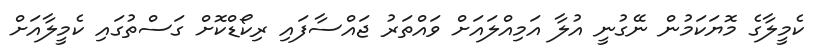
ކެމީލާގެ މޮޔަކަމުން ނޭގުނީ އުލާ އަމިއްލައަށް ވައްތަރު ޖައްސާފައި ރިކޯޑްކޮށް ގަސްތުގައި ކެމީލާއަށް